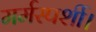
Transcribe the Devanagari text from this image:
मर्मस्पर्शी।